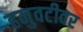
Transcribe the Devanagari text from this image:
हनुवटीवर